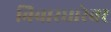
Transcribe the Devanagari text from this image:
विचारधारेवर